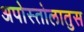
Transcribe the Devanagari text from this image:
अपोस्तोलातुस